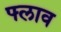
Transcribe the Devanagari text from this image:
फ्लाव